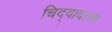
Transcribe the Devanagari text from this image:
चिद्‌वादाचा